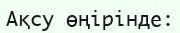
Ақсу өңірінде: